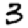
Digit: 3